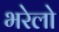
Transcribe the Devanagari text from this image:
भरेलो